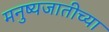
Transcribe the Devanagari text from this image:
मनुष्यजातीच्या